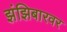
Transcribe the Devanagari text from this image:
झंझिबारवर